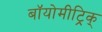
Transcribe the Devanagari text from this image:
बॉयोमीट्रिक्